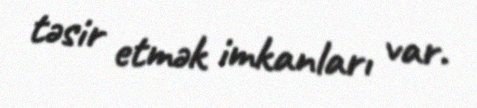
təsir etmək imkanları var.